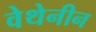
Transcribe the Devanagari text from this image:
वेथेनीन